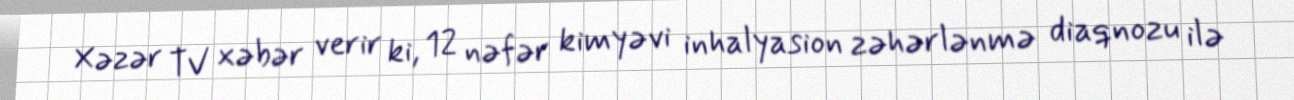
Xəzər TV xəbər verir ki, 12 nəfər kimyəvi inhalyasion zəhərlənmə diaqnozu ilə